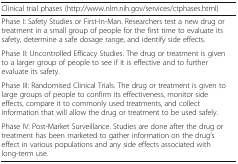
<table><thead><tr><td><b>Clinical trial phases (http://www.nlm.nih.gov/services/ctphases.html)</b></td><td></td></tr></thead><tbody><tr><td>Phase I: Safety Studies or First-In-Man. Researchers test a new drug or treatment in a small group of people for the first time to evaluate its safety, determine a safe dosage range, and identify side effects.</td><td></td></tr><tr><td>Phase II: Uncontrolled Efficacy Studies. The drug or treatment is given to a larger group of people to see if it is effective and to further evaluate its safety.</td><td></td></tr><tr><td>Phase III: Randomised Clinical Trials. The drug or treatment is given to large groups of people to confirm its effectiveness, monitor side effects, compare it to commonly used treatments, and collect information that will allow the drug or treatment to be used safely.</td><td></td></tr><tr><td>Phase IV: Post-Market Surveillance. Studies are done after the drug or treatment has been marketed to gather information on the drug’s effect in various populations and any side effects associated with long-term use.</td><td></td></tr></tbody></table>